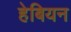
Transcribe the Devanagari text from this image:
हेबियन